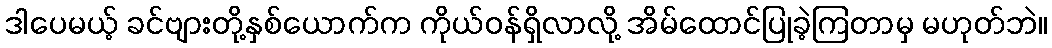
ဒါပေမယ့် ခင်ဗျားတို့နှစ်ယောက်က ကိုယ်ဝန်ရှိလာလို့ အိမ်ထောင်ပြုခဲ့ကြတာမှ မဟုတ်ဘဲ။